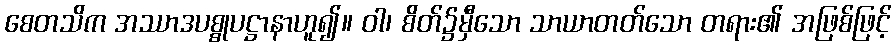
စေတသိက အဿာဒပစ္စုပဋ္ဌာနာဟူ၍။ ဝါ၊ စိတ်၌မှီသော သာယာတတ်သော တရား၏ အဖြစ်ဖြင့်